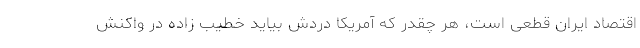
اقتصاد ایران قطعی است، هر چقدر که آمریکا دردش بیاید خطیب زاده در واکنش